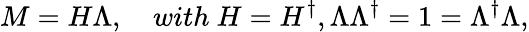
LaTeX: M=H\Lambda,\quad with\ H=H^{\dagger},\Lambda\Lambda^{\dagger}=1=\Lambda^{\dagger}\Lambda,